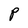
Character: P